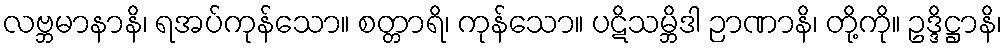
လဗ္ဘမာနာနိ၊ ရအပ်ကုန်သော။ စတ္တာရိ၊ ကုန်သော။ ပဋိသမ္ဘိဒါ ဉာဏာနိ၊ တို့ကို။ ဥဒ္ဒိဋ္ဌာနိ၊